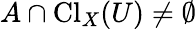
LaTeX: A\cap\operatorname{Cl}_{X}(U)\neq\emptyset